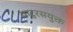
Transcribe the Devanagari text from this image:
कटुरसयुक्त